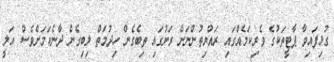
ގުޅިފައިވާ ޕާޓީތަކުގެ ވެރިކަމެއްގައި ރައްޔިތުންނަށް ރަށުގައި ތިބެގެން ހިދުމަތް ލިބިގެން ދާނެކަމަށްވެސް އަލީ